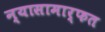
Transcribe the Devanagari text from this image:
न्यासामार्फत